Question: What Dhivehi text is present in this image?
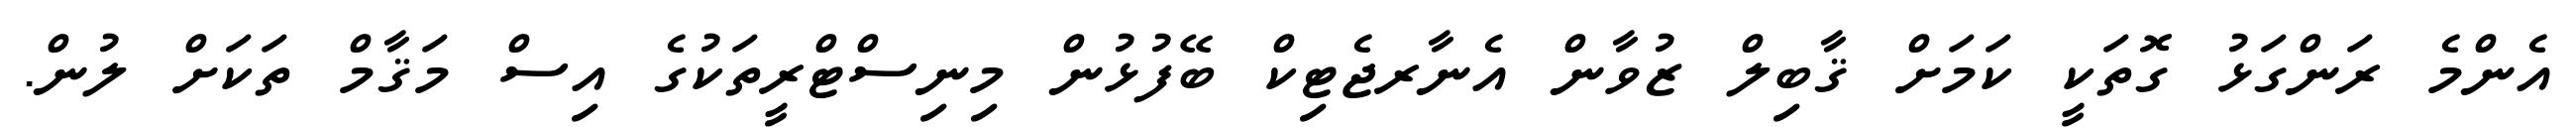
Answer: އެންމެ ރަންގަޅު ގޮތަކީ ކަމަށް ޤާބިލް ޒުވާން އެނާރޖެޓިކް ބޭފުޅުން މިނިސްޓްރީތަކުގެ އިސް މަޤާމް ތަކަށް ލުން.